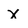
Character: x